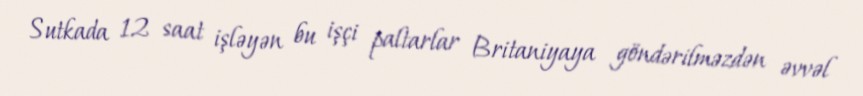
Sutkada 12 saat işləyən bu işçi paltarlar Britaniyaya göndərilməzdən əvvəl